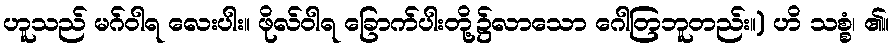
ဟူသည် မဂ်ဝါရ လေးပါး။ ဖိုလ်ဝါရ ခြောက်ပါးတို့၌လာသော ဂေါတြဘူတည်း။) ဟိ သစ္စံ၊ ၏။